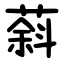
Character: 䔑